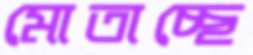
মোতাচ্ছে